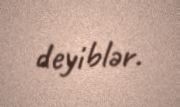
deyiblər.